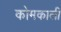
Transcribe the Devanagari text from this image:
कोमकाली